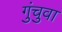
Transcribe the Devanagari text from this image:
गुंचुवा